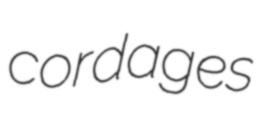
cordages